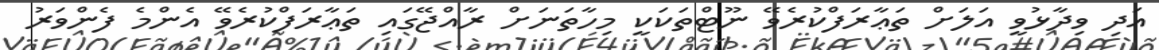
އަދި ވިދާޅުވީ އަލަށް ތަޢާރަފްކުރެވޭ ނޫޓްތަކަކީ މިހާތަނަށް ރާއްޖޭގައި ތަޢާރަފްކުރެވޭ އެންމެ ފެންވަރު